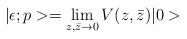
LaTeX: \begin{align*}|\epsilon; p>=\lim _{z,\bar{z}\rightarrow 0}V(z, \bar{z})|0> \end{align*}